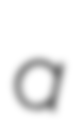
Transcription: a